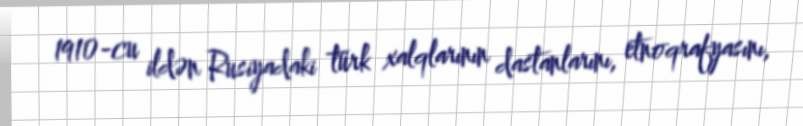
1910-cu ildən Rusiyadaki türk xalqlarının dastanlarını, etnoqrafyasını,